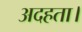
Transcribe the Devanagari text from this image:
अदहता।